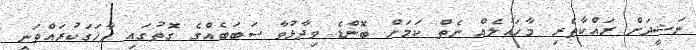
ނަޝީދަށް ރައްކާތެރި މާހައުލެއް ނެތް ކަމަށް ބޮންޑެ ވިދާޅުވާ ސަބަބެއްގެ ގޮތުގައި ފާހަގަކުރައްވަނީ